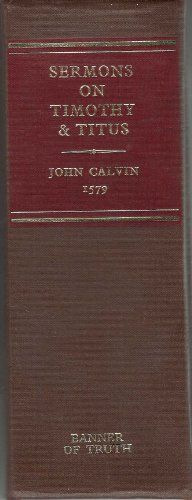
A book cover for Sermons on Timothy and Titus (16th-17th Century Facsimile Edition); John Calvin; Christian Books & Bibles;